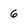
Character: 6